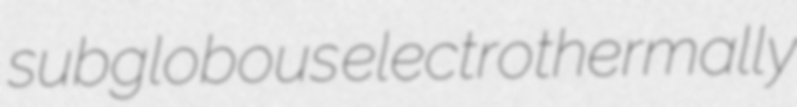
subglobous electrothermally